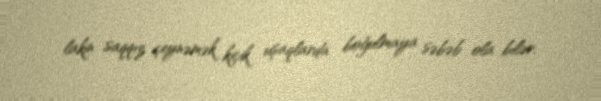
lakin saqqız çeynəmək kiçik uşaqlarda boğulmaya səbəb ola bilər.